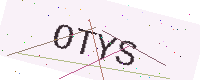
Text: OTYS